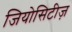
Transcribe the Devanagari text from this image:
जियोसिटीज़